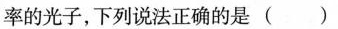
率的光子，下列说法正确的是( )